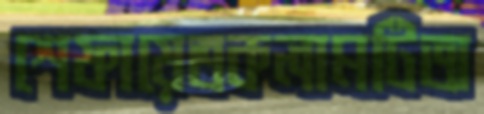
শেফায়েতকলামটিঅ